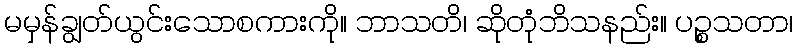
မမှန်ချွတ်ယွင်းသောစကားကို။ ဘာသတိ၊ ဆိုတုံဘိသနည်း။ ပဉ္စသတာ၊